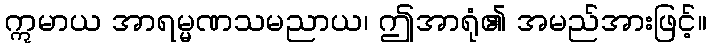
ဣမာယ အာရမ္မဏသမညာယ၊ ဤအာရုံ၏ အမည်အားဖြင့်။